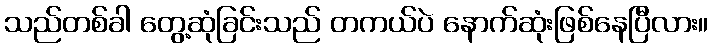
သည်တစ်ခါ တွေ့ဆုံခြင်းသည် တကယ်ပဲ နောက်ဆုံးဖြစ်နေပြီလား။